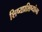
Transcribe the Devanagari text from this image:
शिष्यप्रशिष्यांना